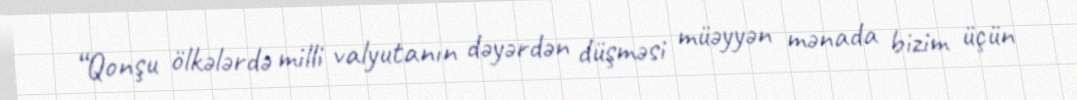
“Qonşu ölkələrdə milli valyutanın dəyərdən düşməsi müəyyən mənada bizim üçün